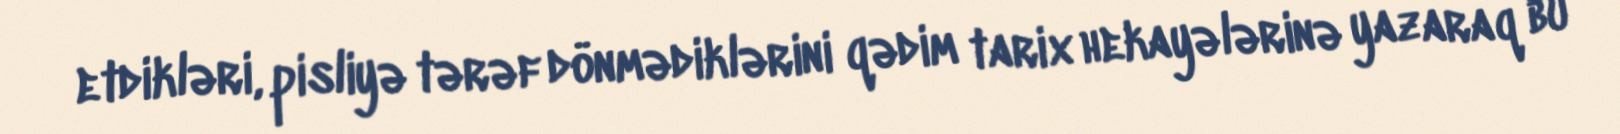
etdikləri, pisliyə tərəf dönmədiklərini qədim tarix hekayələrinə yazaraq bu